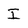
Character: I